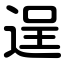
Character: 逞